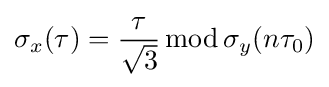
\sigma _{x}(\tau )={\frac {\tau }{\sqrt {3}}}\operatorname {mod} \sigma _{y}(n\tau _{0})